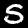
Digit: 5